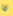
ما